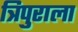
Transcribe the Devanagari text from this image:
त्रिपुराला